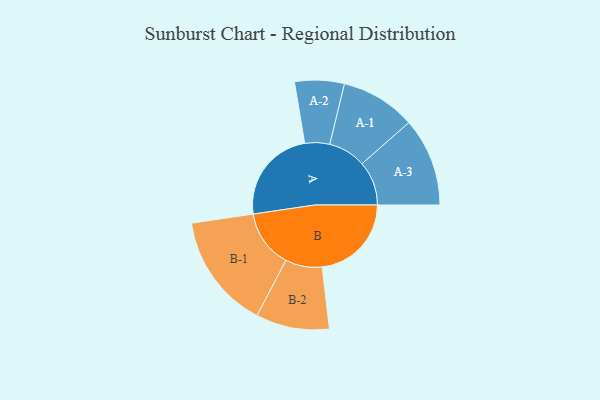
{"axis": {"x": "Segment", "y": "Value"}, "legend": ["", "A", "B"], "data": [{"x": "A", "y": 484, "type": ""}, {"x": "B", "y": 454, "type": ""}, {"x": "A-1", "y": 191, "type": "A"}, {"x": "A-2", "y": 126, "type": "A"}, {"x": "A-3", "y": 225, "type": "A"}, {"x": "B-1", "y": 294, "type": "B"}, {"x": "B-2", "y": 187, "type": "B"}]}